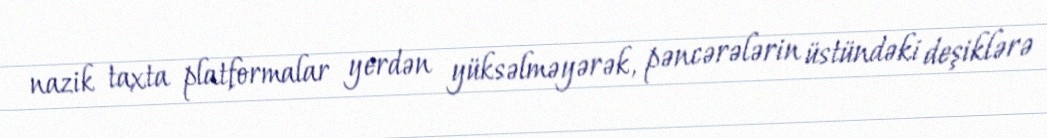
nazik taxta platformalar yerdən yüksəlməyərək, pəncərələrin üstündəki deşiklərə